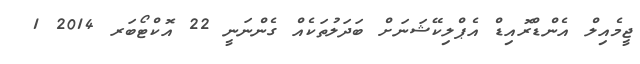
ޖީމެއިލް އެންޑްރޮއިޑް އެޕްލިކޭޝަނަށް ބަދަލުތަކެއް ގެންނަނީ 22 އޮކްޓޯބަރ 2014 1